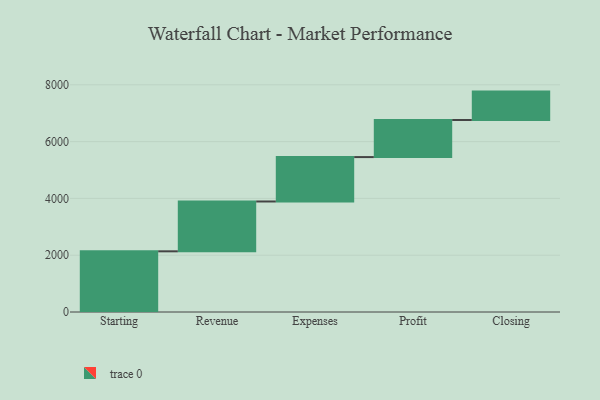
{"axis": {"x": "Step", "y": "Value"}, "legend": [""], "data": [{"x": "Starting", "y": 2137.0, "type": ""}, {"x": "Revenue", "y": 1755.0, "type": ""}, {"x": "Expenses", "y": 1564.0, "type": ""}, {"x": "Profit", "y": 1306.0, "type": ""}, {"x": "Closing", "y": 1000, "type": ""}]}